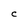
Character: C